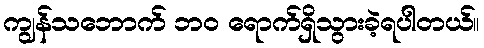
ကျွန်သဘောက် ဘ၀ ရောက်ရှိသွားခဲ့ရပါတယ်။